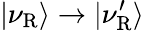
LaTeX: |\nu_{\mathrm{R}}\rangle\to|\nu_{\mathrm{R}}^{\prime}\rangle